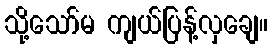
သို့သော်မ ကျယ်ပြန့်လှချေ။